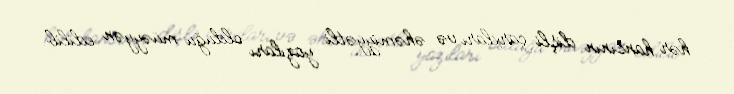
hər hansının dişli çarxları və əhəmiyyətli yazıları olduğu müəyyən edilib.